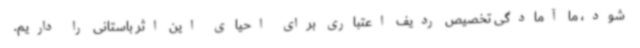
شود، ما آمادگی تخصیص ردیف اعتباری برای احیای این اثر باستانی را داریم.